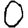
Digit: 0